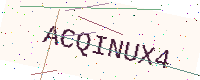
Text: ACQINUX4